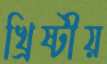
খ্রিষ্টীয়